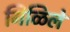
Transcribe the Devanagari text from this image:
गिळिले